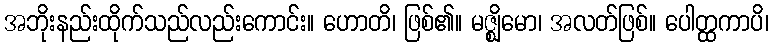
အဘိုးနည်းထိုက်သည်လည်းကောင်း။ ဟောတိ၊ ဖြစ်၏။ မဇ္ဈိမော၊ အလတ်ဖြစ်။ ပေါတ္ထကာပိ၊